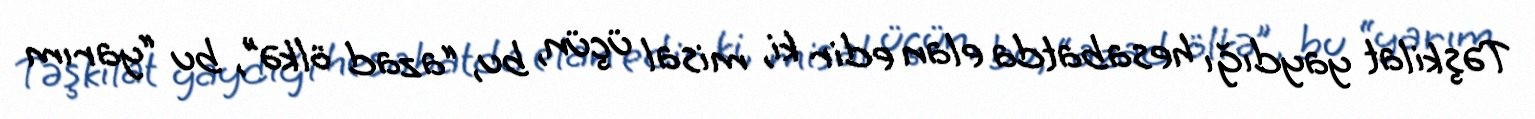
Təşkilat yaydığı hesabatda elan edir ki, misal üçün, bu, “azad ölkə”, bu “yarım